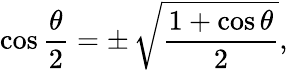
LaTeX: \cos{\frac{\theta}{2}}=\pm\, {\sqrt{\frac{1+\cos\theta}{2}}},